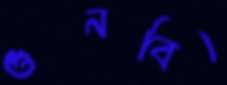
গুনবি